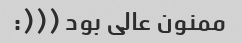
ممنون عالی بود (((: